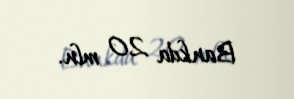
Bankda 20 mln.